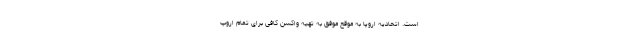
است. اتحادیه اروپا به موقع موفق به تهیه واکسن کافی برای تمام اروپ